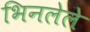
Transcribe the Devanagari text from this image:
भिनलेले